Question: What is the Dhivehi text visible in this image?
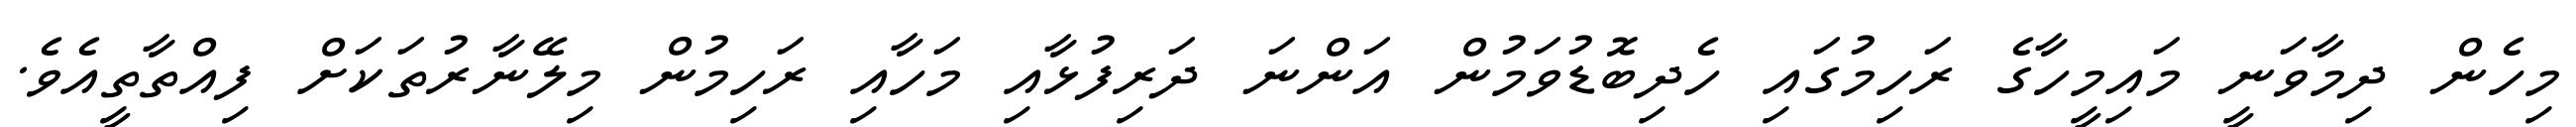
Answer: މިހެން ދިމާވަނީ މައިމީހާގެ ރަހިމުގައި ހެދިބޮޑުވަމުން އަންނަ ދަރިފުޅާއި މަހާއި ރަހިމުން މިލޭނާރުތަކަށް ފިއްތާތީއެވެ.